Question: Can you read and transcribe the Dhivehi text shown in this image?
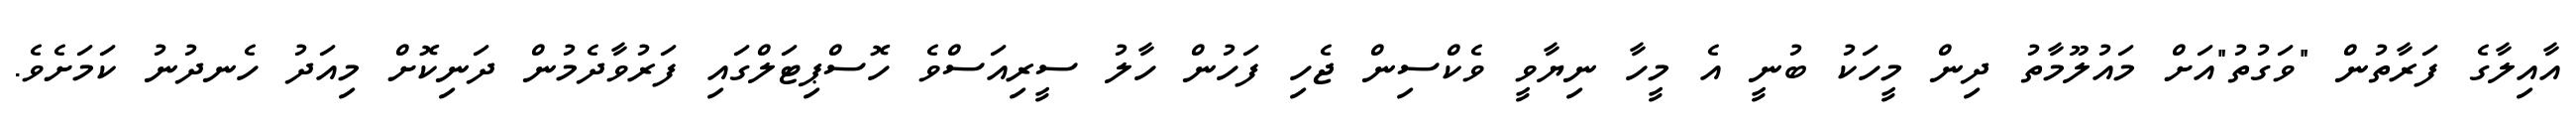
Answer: އާއިލާގެ ފަރާތުން "ވަގުތު"އަށް މައުލޫމާތު ދިން މީހަކު ބުނީ އެ މީހާ ނިޔާވީ ވެކްސިން ޖެހި ފަހުން ހާލު ސީރިއަސްވެ ހޮސްޕިޓަލްގައި ފަރުވާދެމުން ދަނިކޮށް މިއަދު ހެނދުނު ކަމަށެވެ.